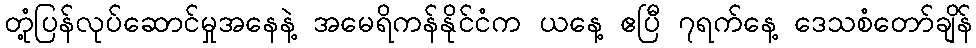
တုံ့ပြန်လုပ်ဆောင်မှုအနေနဲ့ အမေရိကန်နိုင်ငံက ယနေ့ ဧပြီ ၇ရက်နေ့ ဒေသစံတော်ချိန်